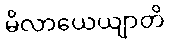
မိလာယေယျာတိ